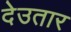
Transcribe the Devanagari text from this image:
देउतार